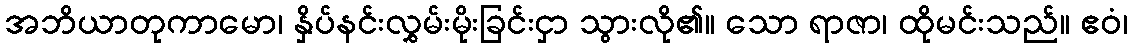
အဘိယာတုကာမော၊ နှိပ်နင်းလွှမ်းမိုးခြင်းငှာ သွားလို၏။ သော ရာဇာ၊ ထိုမင်းသည်။ ဧဝံ၊